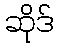
ဆိုဒ်